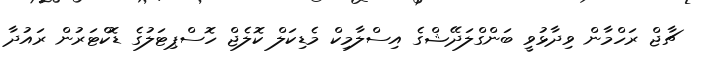
ޗާޖް ރަހްމާން ވިދާޅުވީ ބަންގްލަދޭޝްގެ އިސްލާމިކް މެޑިކަލް ކޮލެޖް ހޮސްޕިޓަލުގެ ޑޮކްޓަރުން ރައުދާ